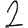
Digit: 2